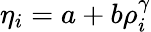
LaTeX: \begin{array}{r}{\eta_{i}=a+b\rho_{i}^{\gamma}}\end{array}